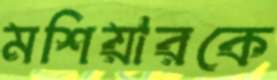
মশিয়ারকে